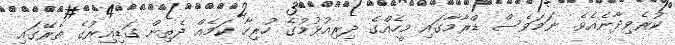
ކުރެވިދާނެއެވެ. ނަމަވެސް ޑްރާމާގައި މީހެއްގެ ދިރިއުޅުމުގެ ހުރިހާ ކަމެއް ދެތިން ގަޑިއިރުގެ ތެރޭގައި